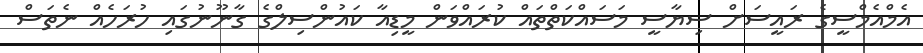
އެމްއެމްސީގެ ރައީސަށް ސިޔާސީ މަސައްކަތްތައް ކުރައްވަން މީޑިއާ ކައުންސިލްގެ ގާނޫނުގައި ހުރަހެއް ނެތަސް